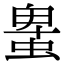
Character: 𧌠